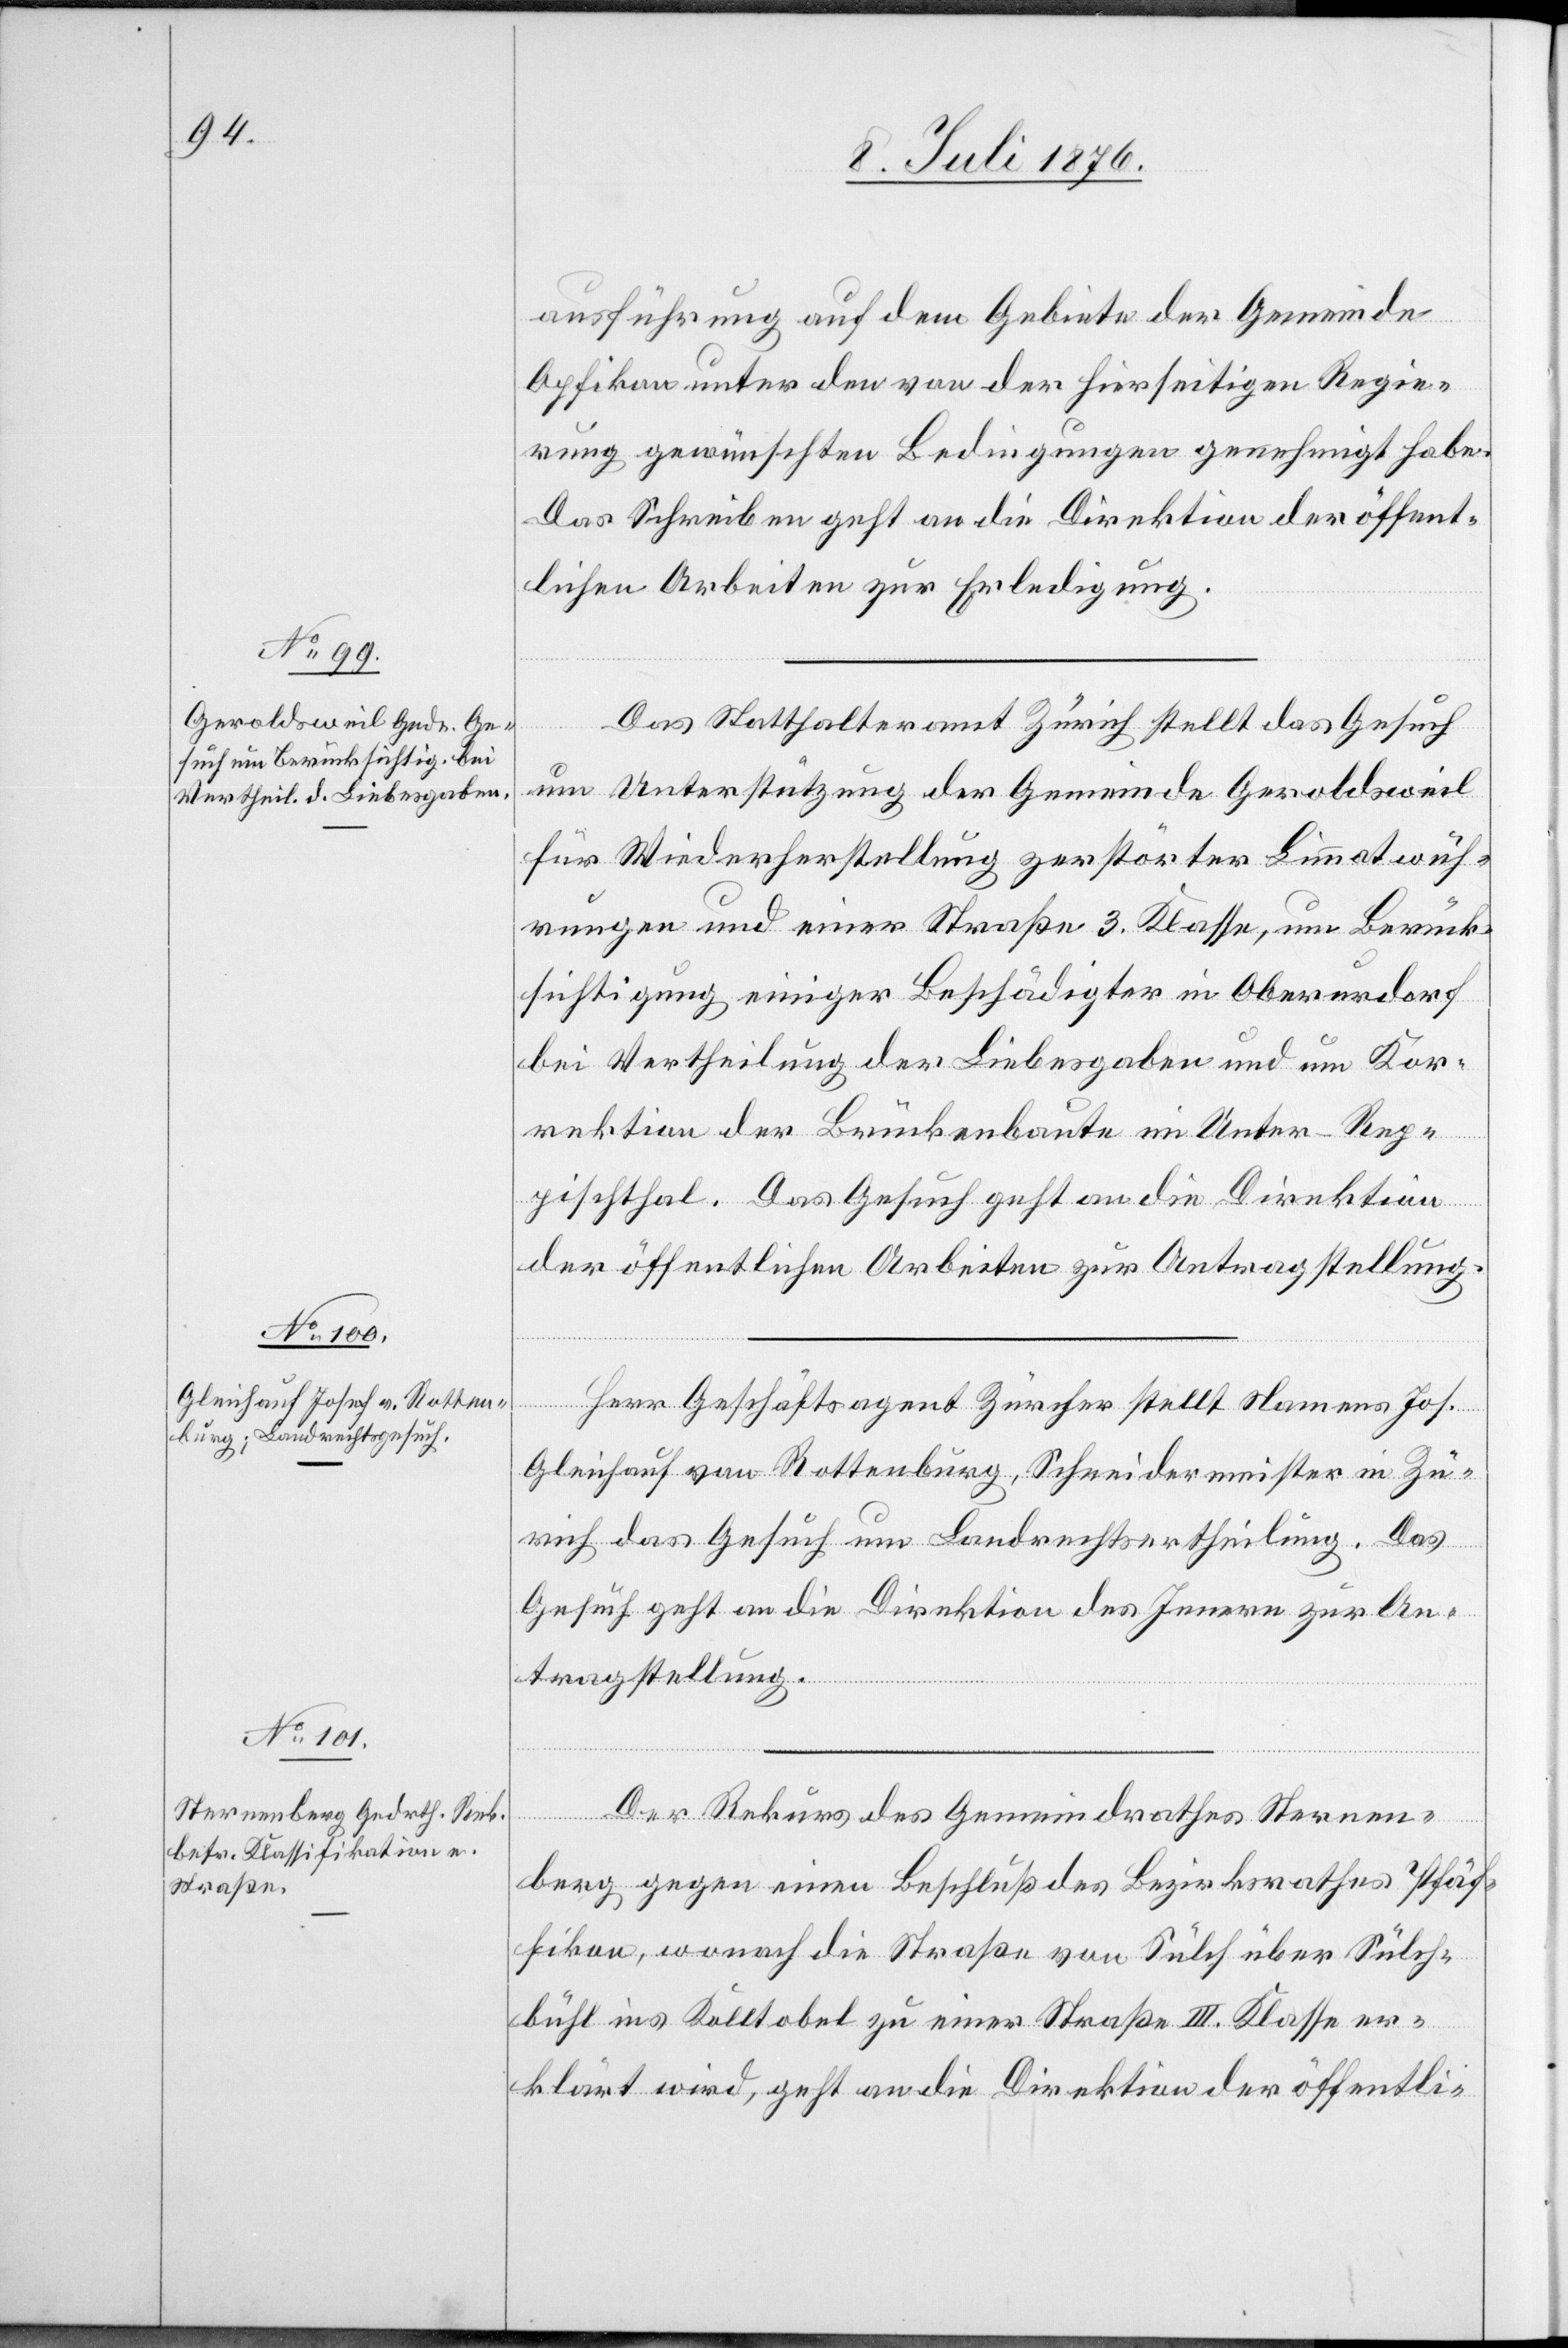
11. Juli 1876.]
ausführung auf dem Gebiete der Gemeinde
Opfikon unter den von der hierseitigen Regie¬
rung gewünschten Bedingungen genehmigt habe.
Das Schreiben geht an die Direktion der öffent¬
lichen Arbeiten zur Erledigung.
Das Statthalteramt Zürich stellt da Gesuch
um Unterstützung der Gemeinde Geroldsweil
für Wiederherstellung zerstörter Limmatwuh¬
rungen und einer Straße 3. Klasse, um Berück¬
sichtigung einiger Beschädigter in Oberurdorf
bei Vertheilung der Liebesgaben und um Kor¬
rektion der Brückenbaute im Unter-Rep¬
pischthal. Das Gesuch geht an die Direktion
der öffentlichen Arbeiten zur Antragstellung.
Herr Geschäftsagent Zürcher stellt Namens Jos.
Gleichauf von Rottenburg, Schneidermeister in Zü¬
rich das Gesuch um Landrechtsertheilung. Das
Gesuch geht an die Direktion des Innern zur An¬
tragstellung.
Der Rekurs des Gemeindrathes Sternen¬
berg gegen einen Beschluß des Bezirksrathes Pfäf¬
fikon, wonach die Straße von Sülch über Sülch¬
bühl ins Kolltobel zu einer Straße III. Klasse er¬
klärt wird, geht an die Direktion der öffentli-